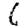
Digit: 6